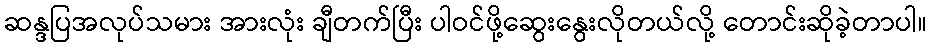
ဆန္ဒပြအလုပ်သမား အားလုံး ချီတက်ပြီး ပါဝင်ဖို့ဆွေးနွေးလိုတယ်လို့ တောင်းဆိုခဲ့တာပါ။